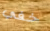
خفي